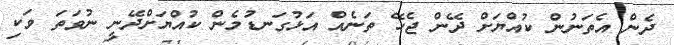
ދެން އެތަނުން ކުއްޔަށް ދޭން ޖެހޭ ތަނެއް އަޅުގަނޑުމެން ކުއްޔަށްދޭނީ ނުވަތަ ވަކި